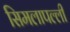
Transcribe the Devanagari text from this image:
सिमलापल्ली